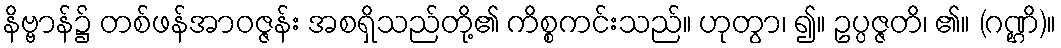
နိဗ္ဗာန်၌ တစ်ဖန်အာဝဇ္ဇန်း အစရှိသည်တို့၏ ကိစ္စကင်းသည်။ ဟုတွာ၊ ၍။ ဥပ္ပဇ္ဇတိ၊ ၏။ (ဂဏ္ဌိ)။